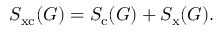
S _ { \mathrm { x c } } ( G ) = S _ { \mathrm { c } } ( G ) + S _ { \mathrm { x } } ( G ) .